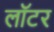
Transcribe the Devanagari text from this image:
लॉटर